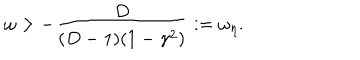
LaTeX: \omega > - \frac { D } { ( D - 1 ) ( 1 - \gamma ^ { 2 } ) } : = \omega _ { \eta } .